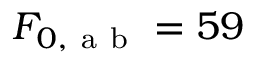
F _ { 0 , \mathrm { ~ a ~ b ~ } } = 5 9